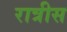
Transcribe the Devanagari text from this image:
रात्रीस